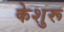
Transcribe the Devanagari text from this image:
केशुरू